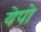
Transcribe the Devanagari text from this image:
येपो